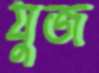
যুজ